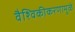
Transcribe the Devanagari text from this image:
वैश्विकीकरणामुळे